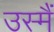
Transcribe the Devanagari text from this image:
उस्मैं